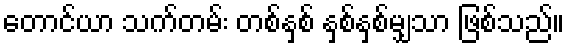
တောင်ယာ သက်တမ်း တစ်နှစ် နှစ်နှစ်မျှသာ ဖြစ်သည်။